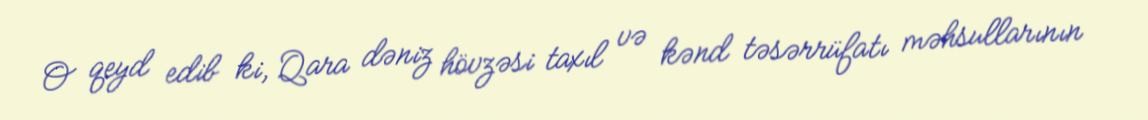
O qeyd edib ki, Qara dəniz hövzəsi taxıl və kənd təsərrüfatı məhsullarının